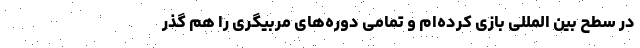
در سطح بین المللی بازی کرده‌ام و تمامی دوره‌های مربیگری را هم گذر